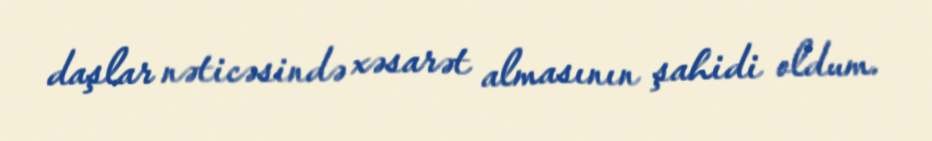
daşlar nəticəsində xəsarət almasının şahidi oldum.